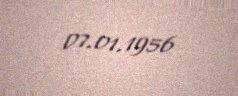
07.01.1956